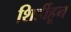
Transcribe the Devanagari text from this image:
शिर्डीहून